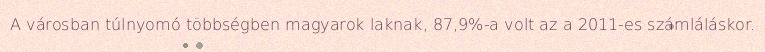
A városban túlnyomó többségben magyarok laknak, 87,9%-a volt az a 2011-es számláláskor.